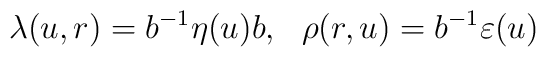
\lambda(u, r) = b^{-1} \eta(u) b, \ \ \rho(r,u) = b^{-1}\varepsilon(u)